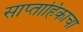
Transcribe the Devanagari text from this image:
साप्‍ताहिकाचा